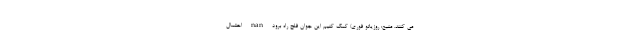
می کنند. منبع: روزیاتو فوری/ کمک کنیم این جوان فلج راه برود nan احتمال